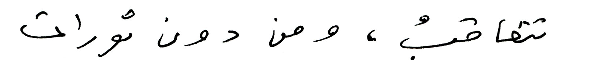
تتعاقبُ ، ومن دون ثورات